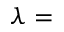
\lambda =